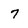
Character: 7